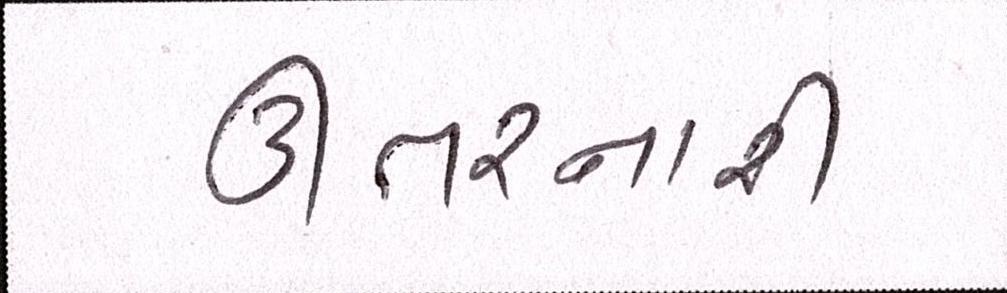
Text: ઊતરનારી